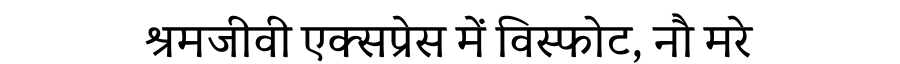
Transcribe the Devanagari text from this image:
श्रमजीवी एक्सप्रेस में विस्फोट, नौ मरे